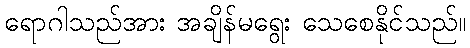
ရောဂါသည်အား အချိန်မရွေး သေစေနိုင်သည်။